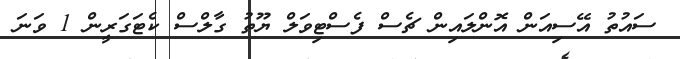
ސައުތު އޭސިއަން އޮންލައިން ޗެސް ފެސްޓިވަލް ޔޫތު ގާލްސް ކެޓަގަރީން 1 ވަނަ